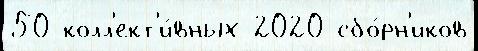
50 колл'ект'и́вных 2020 сбо́рн'иков